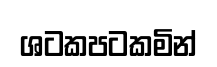
ශටකපටකමින්